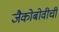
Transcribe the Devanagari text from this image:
जैकोबोवीची